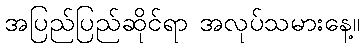
အပြည်ပြည်ဆိုင်ရာ အလုပ်သမားနေ့။